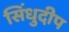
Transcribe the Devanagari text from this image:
सिंधुदीप